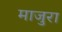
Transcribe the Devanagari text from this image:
माजुरा